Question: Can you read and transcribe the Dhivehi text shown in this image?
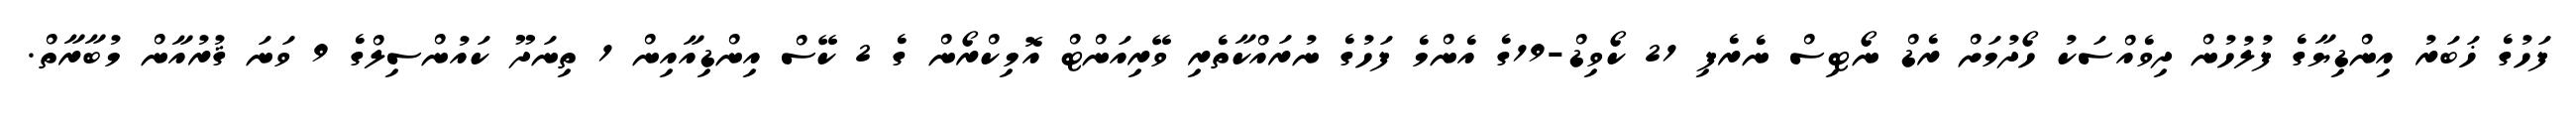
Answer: ފަހުގެ ޚަބަރު އިންޑިޔާގެ ފުލުހުން ދިވެއްސަކު ހޯދުމަށް ރެޑް ނޯޓިސް ނެރެފި 21 ކޯވިޑް-19ގެ އެންމެ ފަހުގެ ނުރައްކާތެރި ވޭރިއަންޓް އޮމިކްރޯން ގެ 2 ކޭސް އިންޑިއާއިން 1 ތިނަދޫ ކައުންސިލްގެ 9 ވަނަ ޤުރުއާން މުބާރާތް.